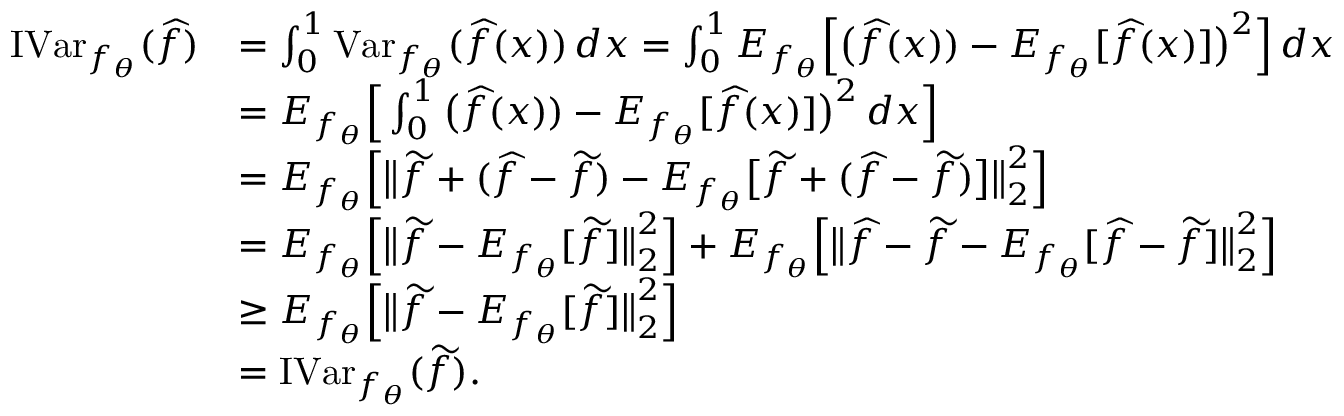
\begin{array} { r l } { \operatorname { I V a r } _ { f _ { \theta } } ( \widehat f ) } & { = \int _ { 0 } ^ { 1 } \operatorname { V a r } _ { f _ { \theta } } ( \widehat f ( x ) ) \, d x = \int _ { 0 } ^ { 1 } E _ { f _ { \theta } } \Big [ \big ( \widehat f ( x ) ) - E _ { f _ { \theta } } [ \widehat f ( x ) ] \big ) ^ { 2 } \Big ] \, d x } \\ & { = E _ { f _ { \theta } } \Big [ \int _ { 0 } ^ { 1 } \big ( \widehat f ( x ) ) - E _ { f _ { \theta } } [ \widehat f ( x ) ] \big ) ^ { 2 } \, d x \Big ] } \\ & { = E _ { f _ { \theta } } \Big [ \big \| \widetilde f + ( \widehat f - \widetilde f ) - E _ { f _ { \theta } } \big [ \widetilde f + ( \widehat f - \widetilde f ) \big ] \big \| _ { 2 } ^ { 2 } \Big ] } \\ & { = E _ { f _ { \theta } } \Big [ \big \| \widetilde f - E _ { f _ { \theta } } [ \widetilde f ] \big \| _ { 2 } ^ { 2 } \Big ] + E _ { f _ { \theta } } \Big [ \big \| \widehat f - \widetilde f - E _ { f _ { \theta } } [ \widehat f - \widetilde f ] \big \| _ { 2 } ^ { 2 } \Big ] } \\ & { \geq E _ { f _ { \theta } } \Big [ \big \| \widetilde f - E _ { f _ { \theta } } [ \widetilde f ] \big \| _ { 2 } ^ { 2 } \Big ] } \\ & { = \operatorname { I V a r } _ { f _ { \theta } } ( \widetilde f ) . } \end{array}